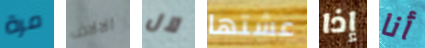
مرة الالاف لآل عشتها إذا أنا